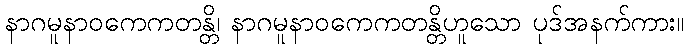
နာဂမူနာဝကေကတန္တိ၊ နာဂမူနာဝကေကတန္တိဟူသော ပုဒ်အနက်ကား။